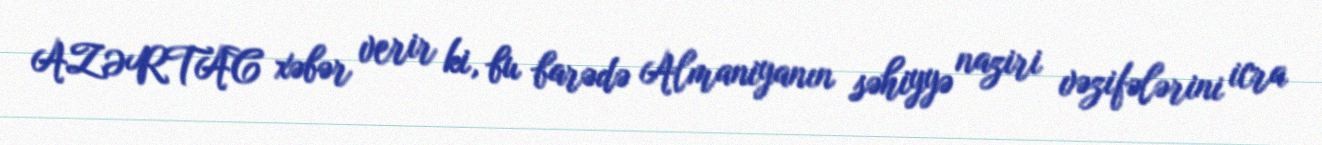
AZƏRTAC xəbər verir ki, bu barədə Almaniyanın səhiyyə naziri vəzifələrini icra